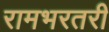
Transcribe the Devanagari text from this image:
रामभरतरी